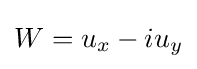
W=u_{x}-iu_{y}